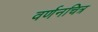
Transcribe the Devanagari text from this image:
वर्णनचित्र